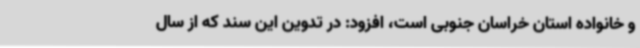
و خانواده استان خراسان جنوبی است، افزود: در تدوین این سند که از سال